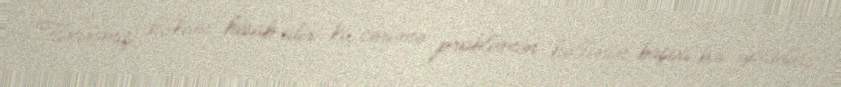
Tanınmış həkim hesab edir ki, cərimə problemin həllinin başqa bir yoludur,